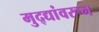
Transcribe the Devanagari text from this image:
मुद्द्यांवरून